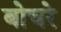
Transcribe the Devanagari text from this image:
बोचरे